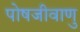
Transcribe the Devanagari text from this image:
पोषजीवाणु